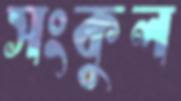
সংকুল